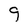
Character: 9